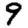
Digit: 9